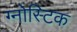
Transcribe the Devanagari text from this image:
ग्नोस्टिक